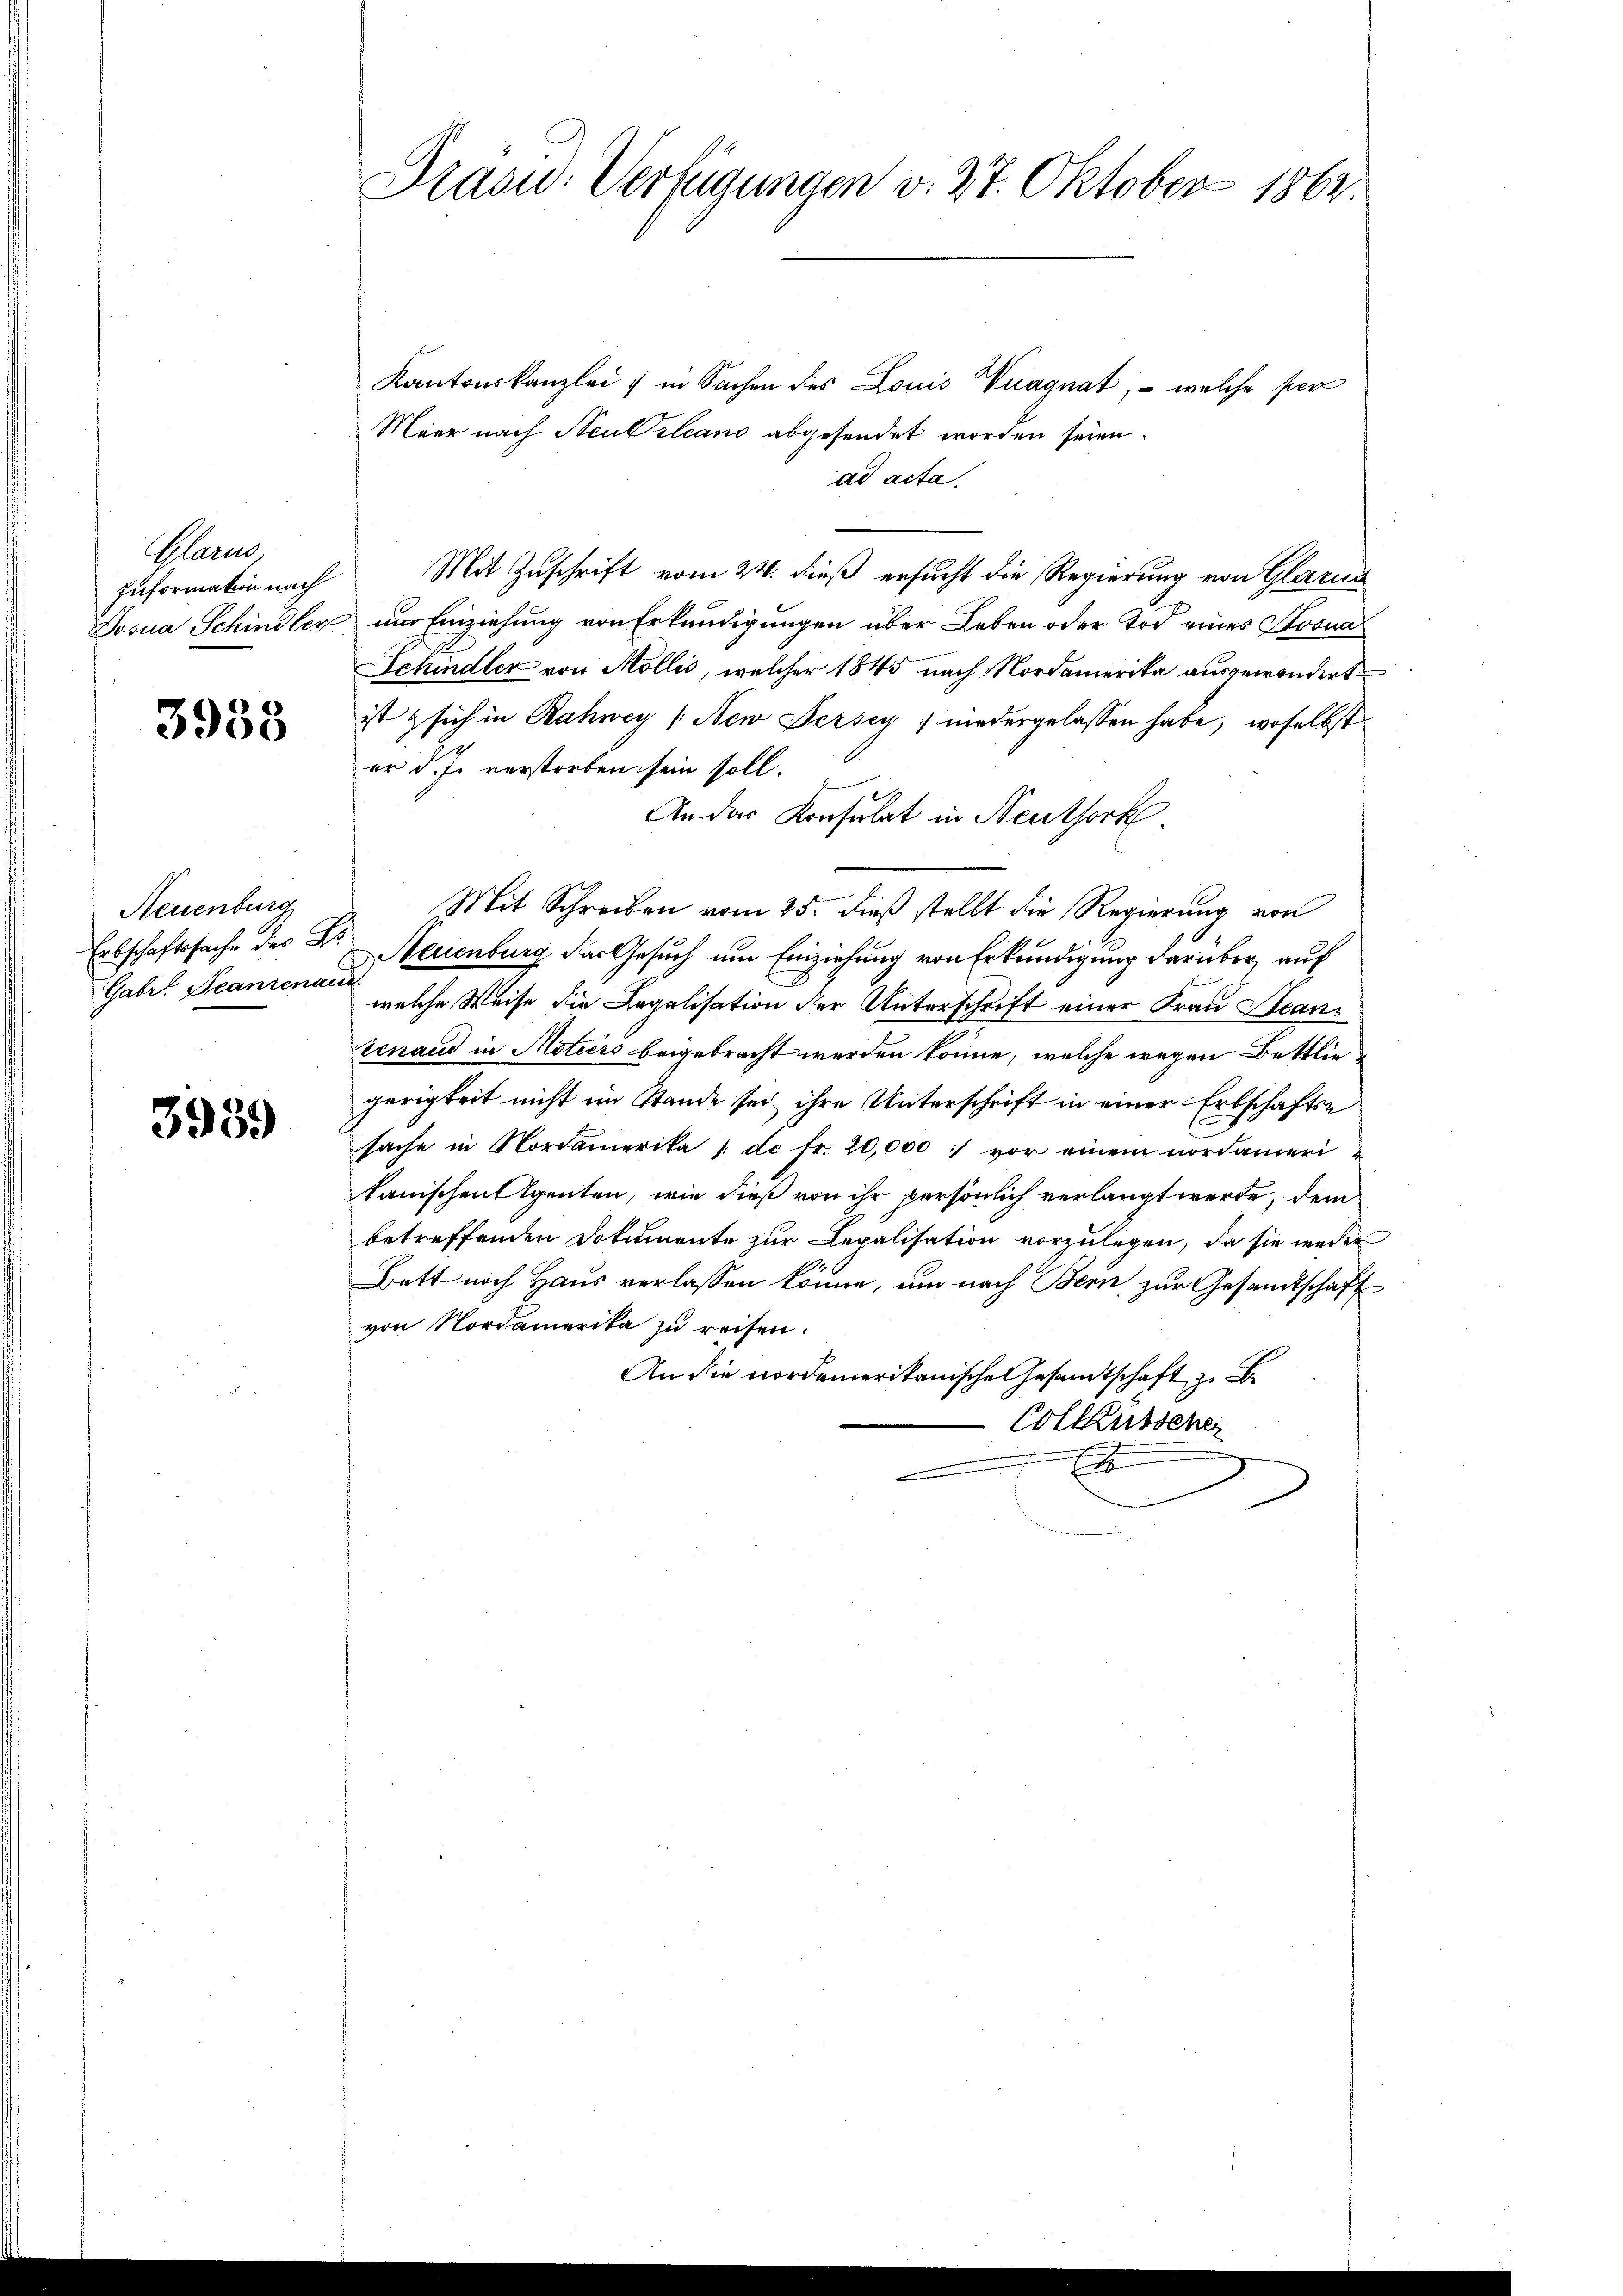
Mann,
zuformation nach

3933

Neuenburg
Gabr. Franzenaue

3959

Präsu: Verfügungen v. 27. Oktober 1864.

Kantonskanzlei & in Sachen des Louis Vuagnat, – welche per
Meer nach Neubiliano abgesendet worden seien.
ad acta.
Mit Zuschrift vom 24. dieß ersucht die Regierung von Glarus
Josua Schindler nur Einziehung von Erkundigungen über Leben oder Tod eines Sosna
Schindler von Mollis, welcher 1845 nach Nordamerika ausgewendirt
ist sich in Rahney (New Jersey; niedergelassen habe, woselbst
er d. J. verstorben sein soll.
An das Konsulat in Neuthork
Mit Schreiben vom 25. dieß stellt die Regierung von
Erbschaftssache des Dr. Neuenburg das Gesuch um Einziehung von Erkundigung darüber auf
welche Weise die Legalisation der Unterschrift einer Frau Scan
venaud in Motiers beigebracht werden könne, welche wegen Bettliegerigkeit nicht im Stande sei ihre Unterschrift in einer Erbschaftse
sache in Nordamerika 1 de fr. 20,000 :/ vor einem nordameri-
kanischen Agenten, wie dieß von ihr persönlich verlangt werde, dem
betreffenden Dokumente zur Legalisation vorzulegen, da sie weder
Bett noch Haus verlassen könne, um nach Bern zur Gesandtschaft
von Nordamerika zu reifen.
An die nordamerikanische Gesandtschaft zu
Collausscher
a